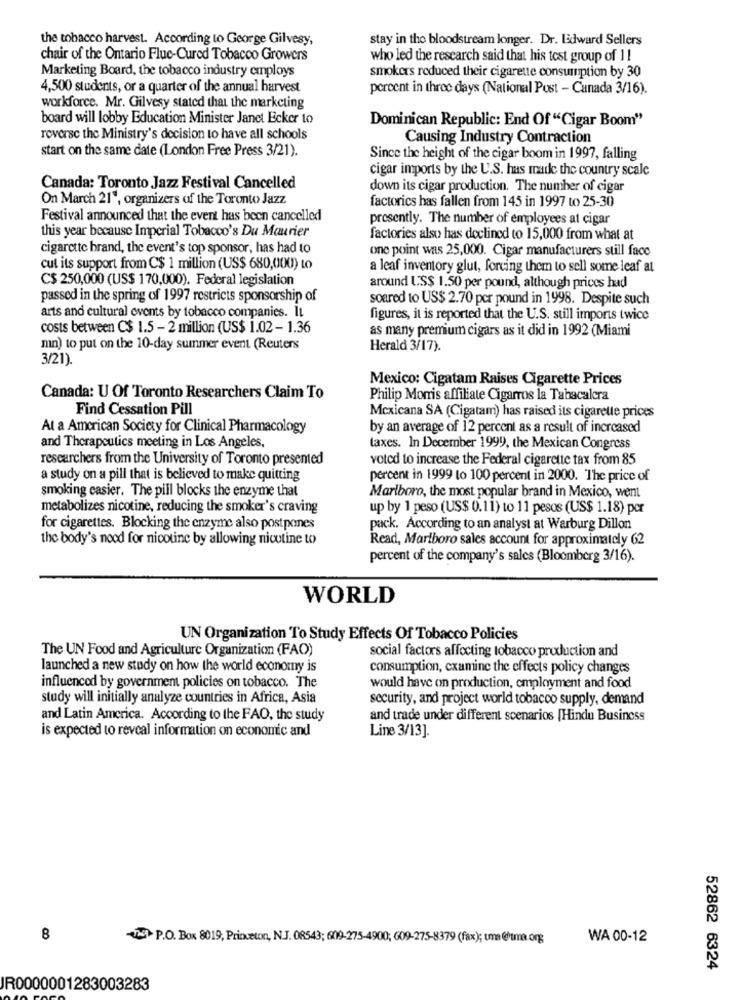
the tobacco harvest. According to George Gilvesy,
stay in the bloodstream longer. Dr. Edward Sellers
chair of the Ontario Fluc-Cured Tobacco Growers
who led the research said that his test group of 11
Marketing Board, the tobacco industry employs
smokers reduced their cigarette consumption by 30
4,500 students, or a quarter of the annual harvest
percent in three days (National Pust - Canada 3/16).
workforce. Mr. Gilvesy stated that the marketing
board will lobby Education Minister Janet Ecker to
Dominican Republic: End Of "Cigar Boom"
reverse the Ministry's decision to have all schools
Causing Industry Contraction
start on the same date (London Free Press 3/21).
Since the height of the cigar boom in 1997, falling
cigar imports by the U.S. has made the country scale
Canada: Toronto Jazz Festival Cancelled
down its cigar production. The number of cigar
On March 21", organizers of the Toronto Jazz
factorics has fallen from 145 in 1997 to 25-30
Festival announced that the event has been cancelled
presently. The number of employees at cigar
this year because Imperial Tobacco's Du Maurier
factories also has declined to 15,000 from what at
cigarette brand, the event's top sponsor, has had to
one point was 25,000. Cigar manufacturers still face
cut its support from C$ 1 million (US$ 680,000) to
a leaf inventory glut, forcing them to sell some leaf at
C$ 250,000 (US$ 170,000). Federal legislation
around US$ 1.50 per pound, although prices had
passed in the spring of 1997 restricts sponsorship of
soared to US$ 2.70 per pound in 1998. Despite such
arts and cultural events by tobacco companies. It
figures, it is reported that the U.S. still imports twice
costs between C$ 1.5 - 2 million (US$ 1.02 - 1.36
as many premium cigars as it did in 1992 (Miami
mn) to put on the 10-day summer event (Reuters
Herald 3/17).
3/21).
Mexico: Cigatam Raises Cigarette Prices
Canada: U Of Toronto Researchers Claim To
Philip Morris affiliate Cigarros la Tabacalera
Find Cessation Pill
Mexicana SA (Cigatam) has raised its cigarette prices
At a American Society for Clinical Pharmacology
by an average of 12 percent as a result of increased
and Therapeutics meeting in Los Angeles,
taxes. In December 1999, the Mexican Congress
researchers from the University of Toronto presented
voted to increase the Federal cigarette tax from 85
a study on a pill that is believed to make quitting
percent in 1999 to 100 percent in 2000. The price of
smoking easier. The pill blocks the enzyme that
Marlboro, the most popular brand in Mexico, went
metabolizes nicotine, reducing the smoker's craving
up by 1 peso (US$ 0.11) to 11 pesos (US$ 1.18) por
for cigarettes. Blocking the enzyme also postpones
puck. According to an analyst at Warburg Dillon
the body's nood for nicotine by allowing nicotine to
Read, Marlboro sales account for approximately 62
percent of the company's sales (Bloomberg 3/16).
WORLD
UN Organization To Study Effects Of Tobacco Policies
The UN Food and Agriculture Organization (FAO)
social factors affecting tobacco production and
launched a new study on how the world economy is
consumption, examine the effects policy changes
influenced by government policies on tobacco. The
would have on production, employment and food
study will initially analyze countries in Africa, Asia
security, and project world tobacco supply, demand
and Latin America. According to the FAO, the study
and trade under different scenarios [Hindu Business
Line 3/13].
is expected to reveal information on economic and
8
32 P.O. Box 8019, Princeton, N.J. 08543; 609-275-4900; G09-275-8379 (fax); uma @tma.org
WA 00-12
52862 6324
JR0000001283003283